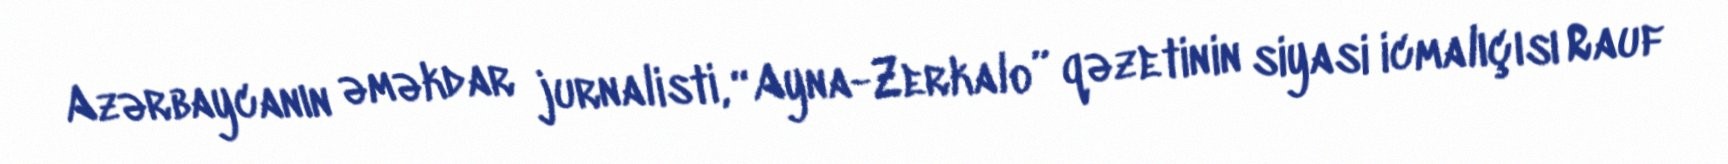
Azərbaycanın əməkdar jurnalisti, “Ayna-Zerkalo” qəzetinin siyasi icmalıçısı Rauf